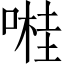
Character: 𠺺